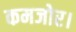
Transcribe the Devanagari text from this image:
कमजोर।